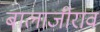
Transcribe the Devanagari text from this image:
बालाजीराव